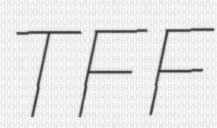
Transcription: TFF